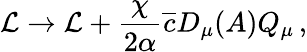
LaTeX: {\cal L}\rightarrow{\cal L}+\frac{\chi}{2\alpha}\overline{{{c}}}D_{\mu}(A)Q_{\mu}\, ,